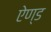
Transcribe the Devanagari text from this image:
एेण्ड